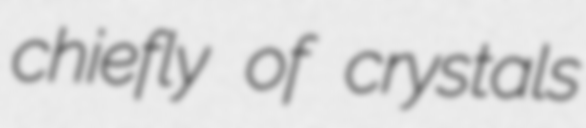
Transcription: chiefly of crystals